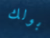
بولك